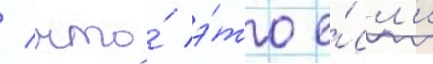
/ что́ э́то е́сл'и